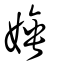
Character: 娷